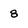
Character: 8